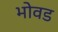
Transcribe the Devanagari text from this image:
भोवड